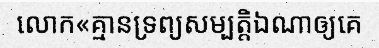
លោក«គ្មានទ្រព្យសម្បត្តិឯណាឲ្យគេ